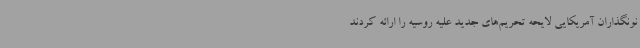
نونگذاران آمریکایی لایحه تحریم‌های جدید علیه روسیه را ارائه کردند